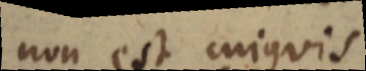
non est cujusvis